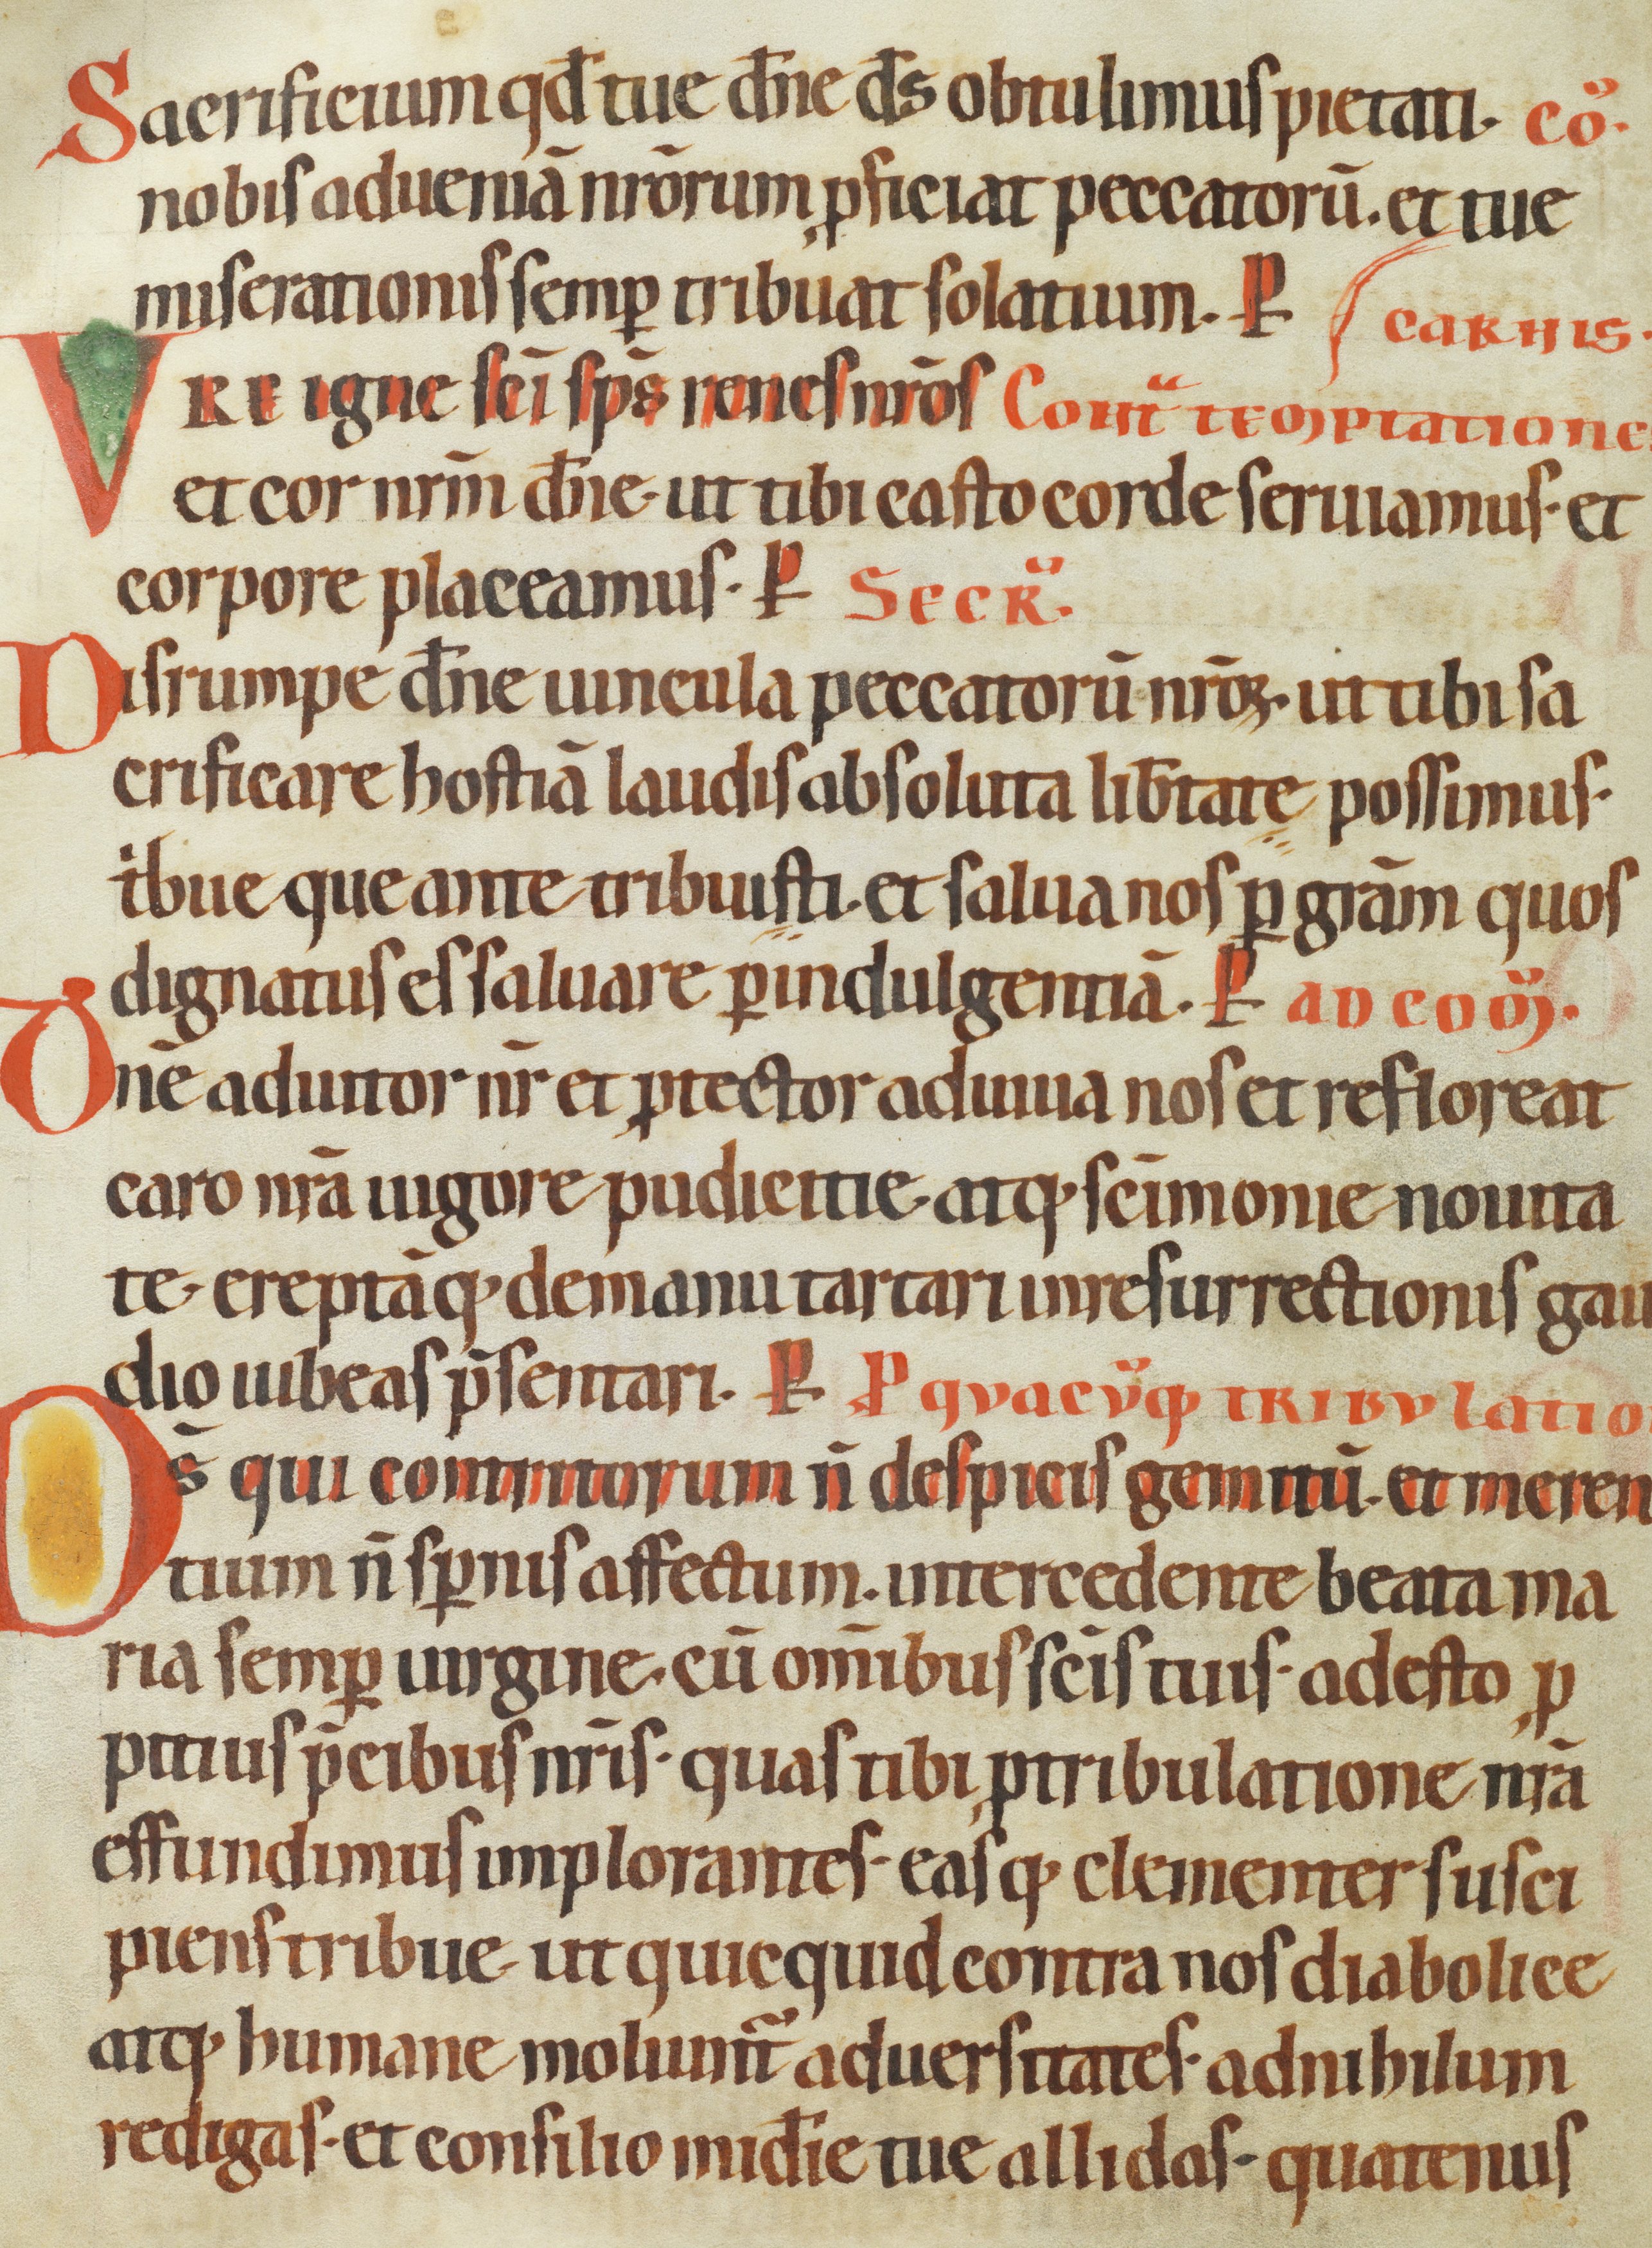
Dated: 1100–1199